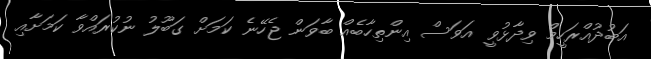
އަބުދުއްރަހީމް ވިދާޅުވީ އަވަސް އިންތިހާބެއް ބާވަން ޖެހޭނެ ކަމަށް ގަބޫލު ނުކުރައްވާ ކަމަށާއި